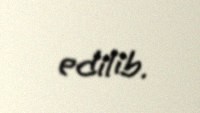
edilib.